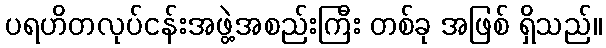
ပရဟိတလုပ်ငန်းအဖွဲ့အစည်းကြီး တစ်ခု အဖြစ် ရှိသည်။